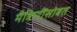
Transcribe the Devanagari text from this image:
मैत्रिणींसोबत